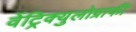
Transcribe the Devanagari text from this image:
वेंट्रिक्युलोग्राफी